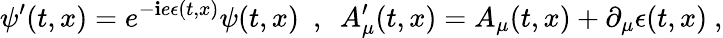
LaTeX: \psi^{\prime}(t,x)=e^{-\mathbf{i}e\epsilon(t,x)}\psi(t,x)\ \ ,\ \ A_{\mu}^{\prime}(t,x)=A_{\mu}(t,x)+\partial_{\mu}\epsilon(t,x)\ ,